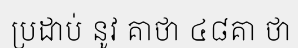
ប្រដាប់ នូវ គាថា ៤៨គា ថា